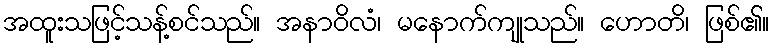
အထူးသဖြင့်သန့်စင်သည်။ အနာဝိလံ၊ မနောက်ကျုသည်။ ဟောတိ၊ ဖြစ်၏။